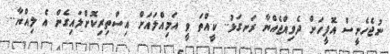
ނުޖެހެނީސް އޮފީހަށް ދެވިއްޖެއްޔާ ރަނގަޅު.. ކީއްތަ ވީ އަމިއްލައަށް އިސްތިރިކޮށްލައިގެން އެ ލިއްޔާ..